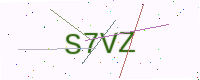
Text: S7VZ